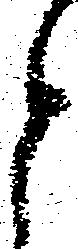
と